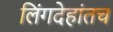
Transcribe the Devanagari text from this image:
लिंगदेहांतच